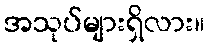
အသုပ်များရှိလား။